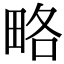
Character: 略